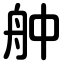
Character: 舯